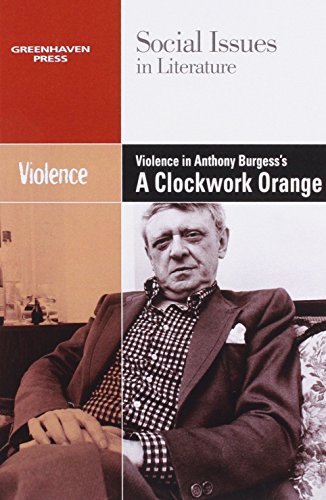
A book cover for Violence in Burgess' Clockwork Orange (Social Issues in Literature); Dedria Bryfonski; Teen & Young Adult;